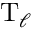
\mathrm { T } _ { \ell }